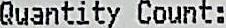
QUANTITY COUNT: